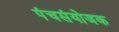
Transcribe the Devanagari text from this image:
पंचसंयोजक